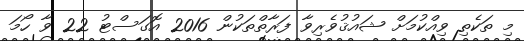
މި ތަކެތި ވިއްކުމަށް ޝައުޤުވެރިވާ ފަރާތްތަކުން 2016 އޮގަސްޓު 22 ވާ ހޯމަ